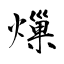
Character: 𤍒